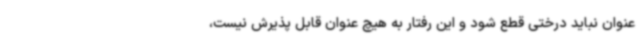
عنوان نباید درختی قطع شود و این رفتار به هیچ عنوان قابل پذیرش نیست،